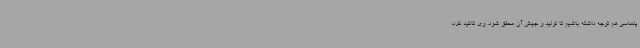
پلماسی هم توجه داشته باشیم تا تولید و جهش آن محقق شود. وی تاکید کرد: